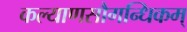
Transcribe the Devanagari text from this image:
कल्याणसौगन्धिकम्